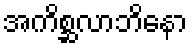
အကိစ္ဆလာဘိနော